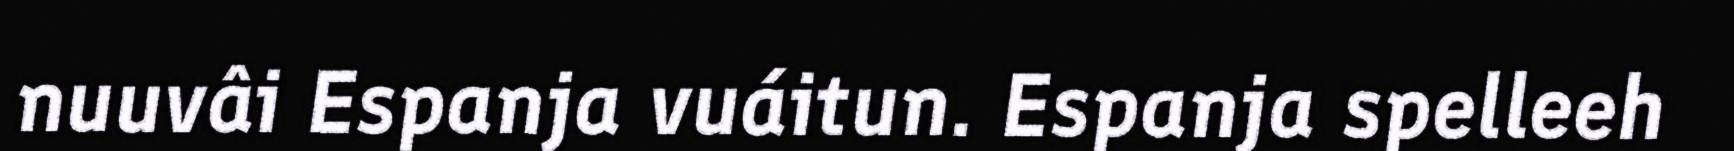
nuuvâi Espanja vuáitun. Espanja spelleeh